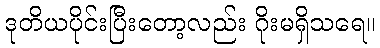
ဒုတိယပိုင်းပြီးတော့လည်း ဂိုးမရှိသရေ။